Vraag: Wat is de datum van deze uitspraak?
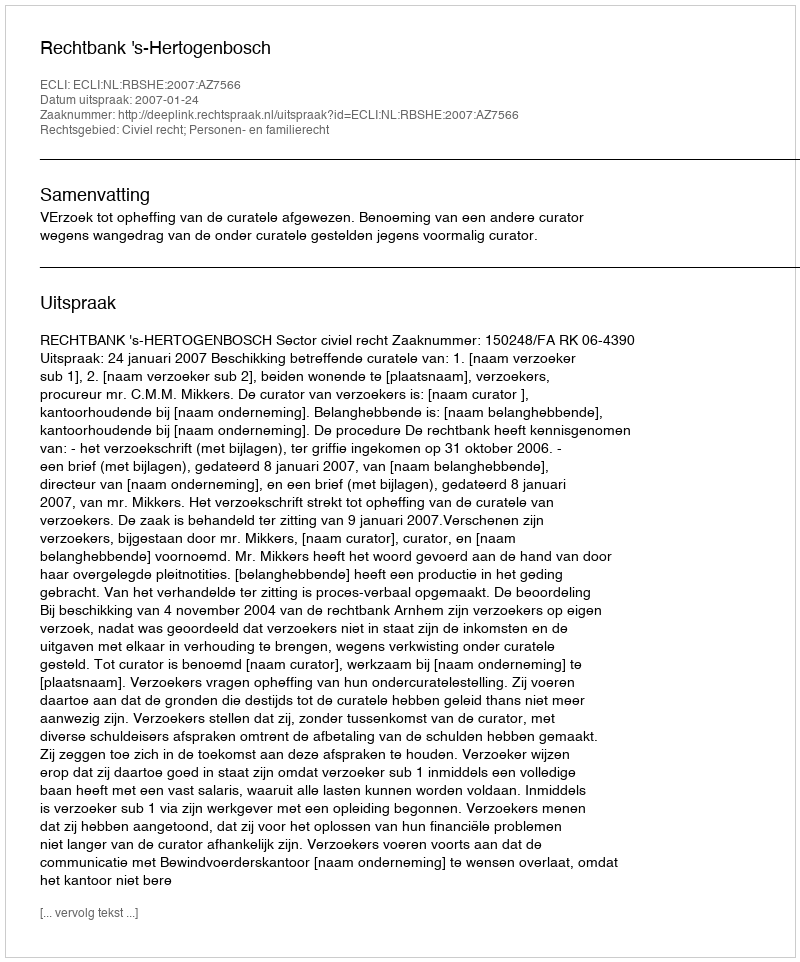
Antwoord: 2007-01-24